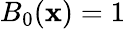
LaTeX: B_{0}(\mathbf{x})=1